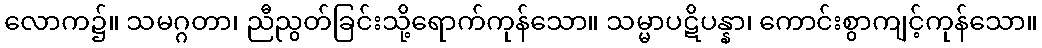
လောက၌။ သမဂ္ဂတာ၊ ညီညွတ်ခြင်းသို့ရောက်ကုန်သော။ သမ္မာပဋိပန္နာ၊ ကောင်းစွာကျင့်ကုန်သော။